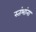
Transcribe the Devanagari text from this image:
स्तंभांना